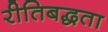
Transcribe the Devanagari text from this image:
रीतिबद्धता